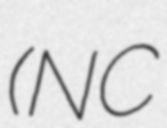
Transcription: (NC